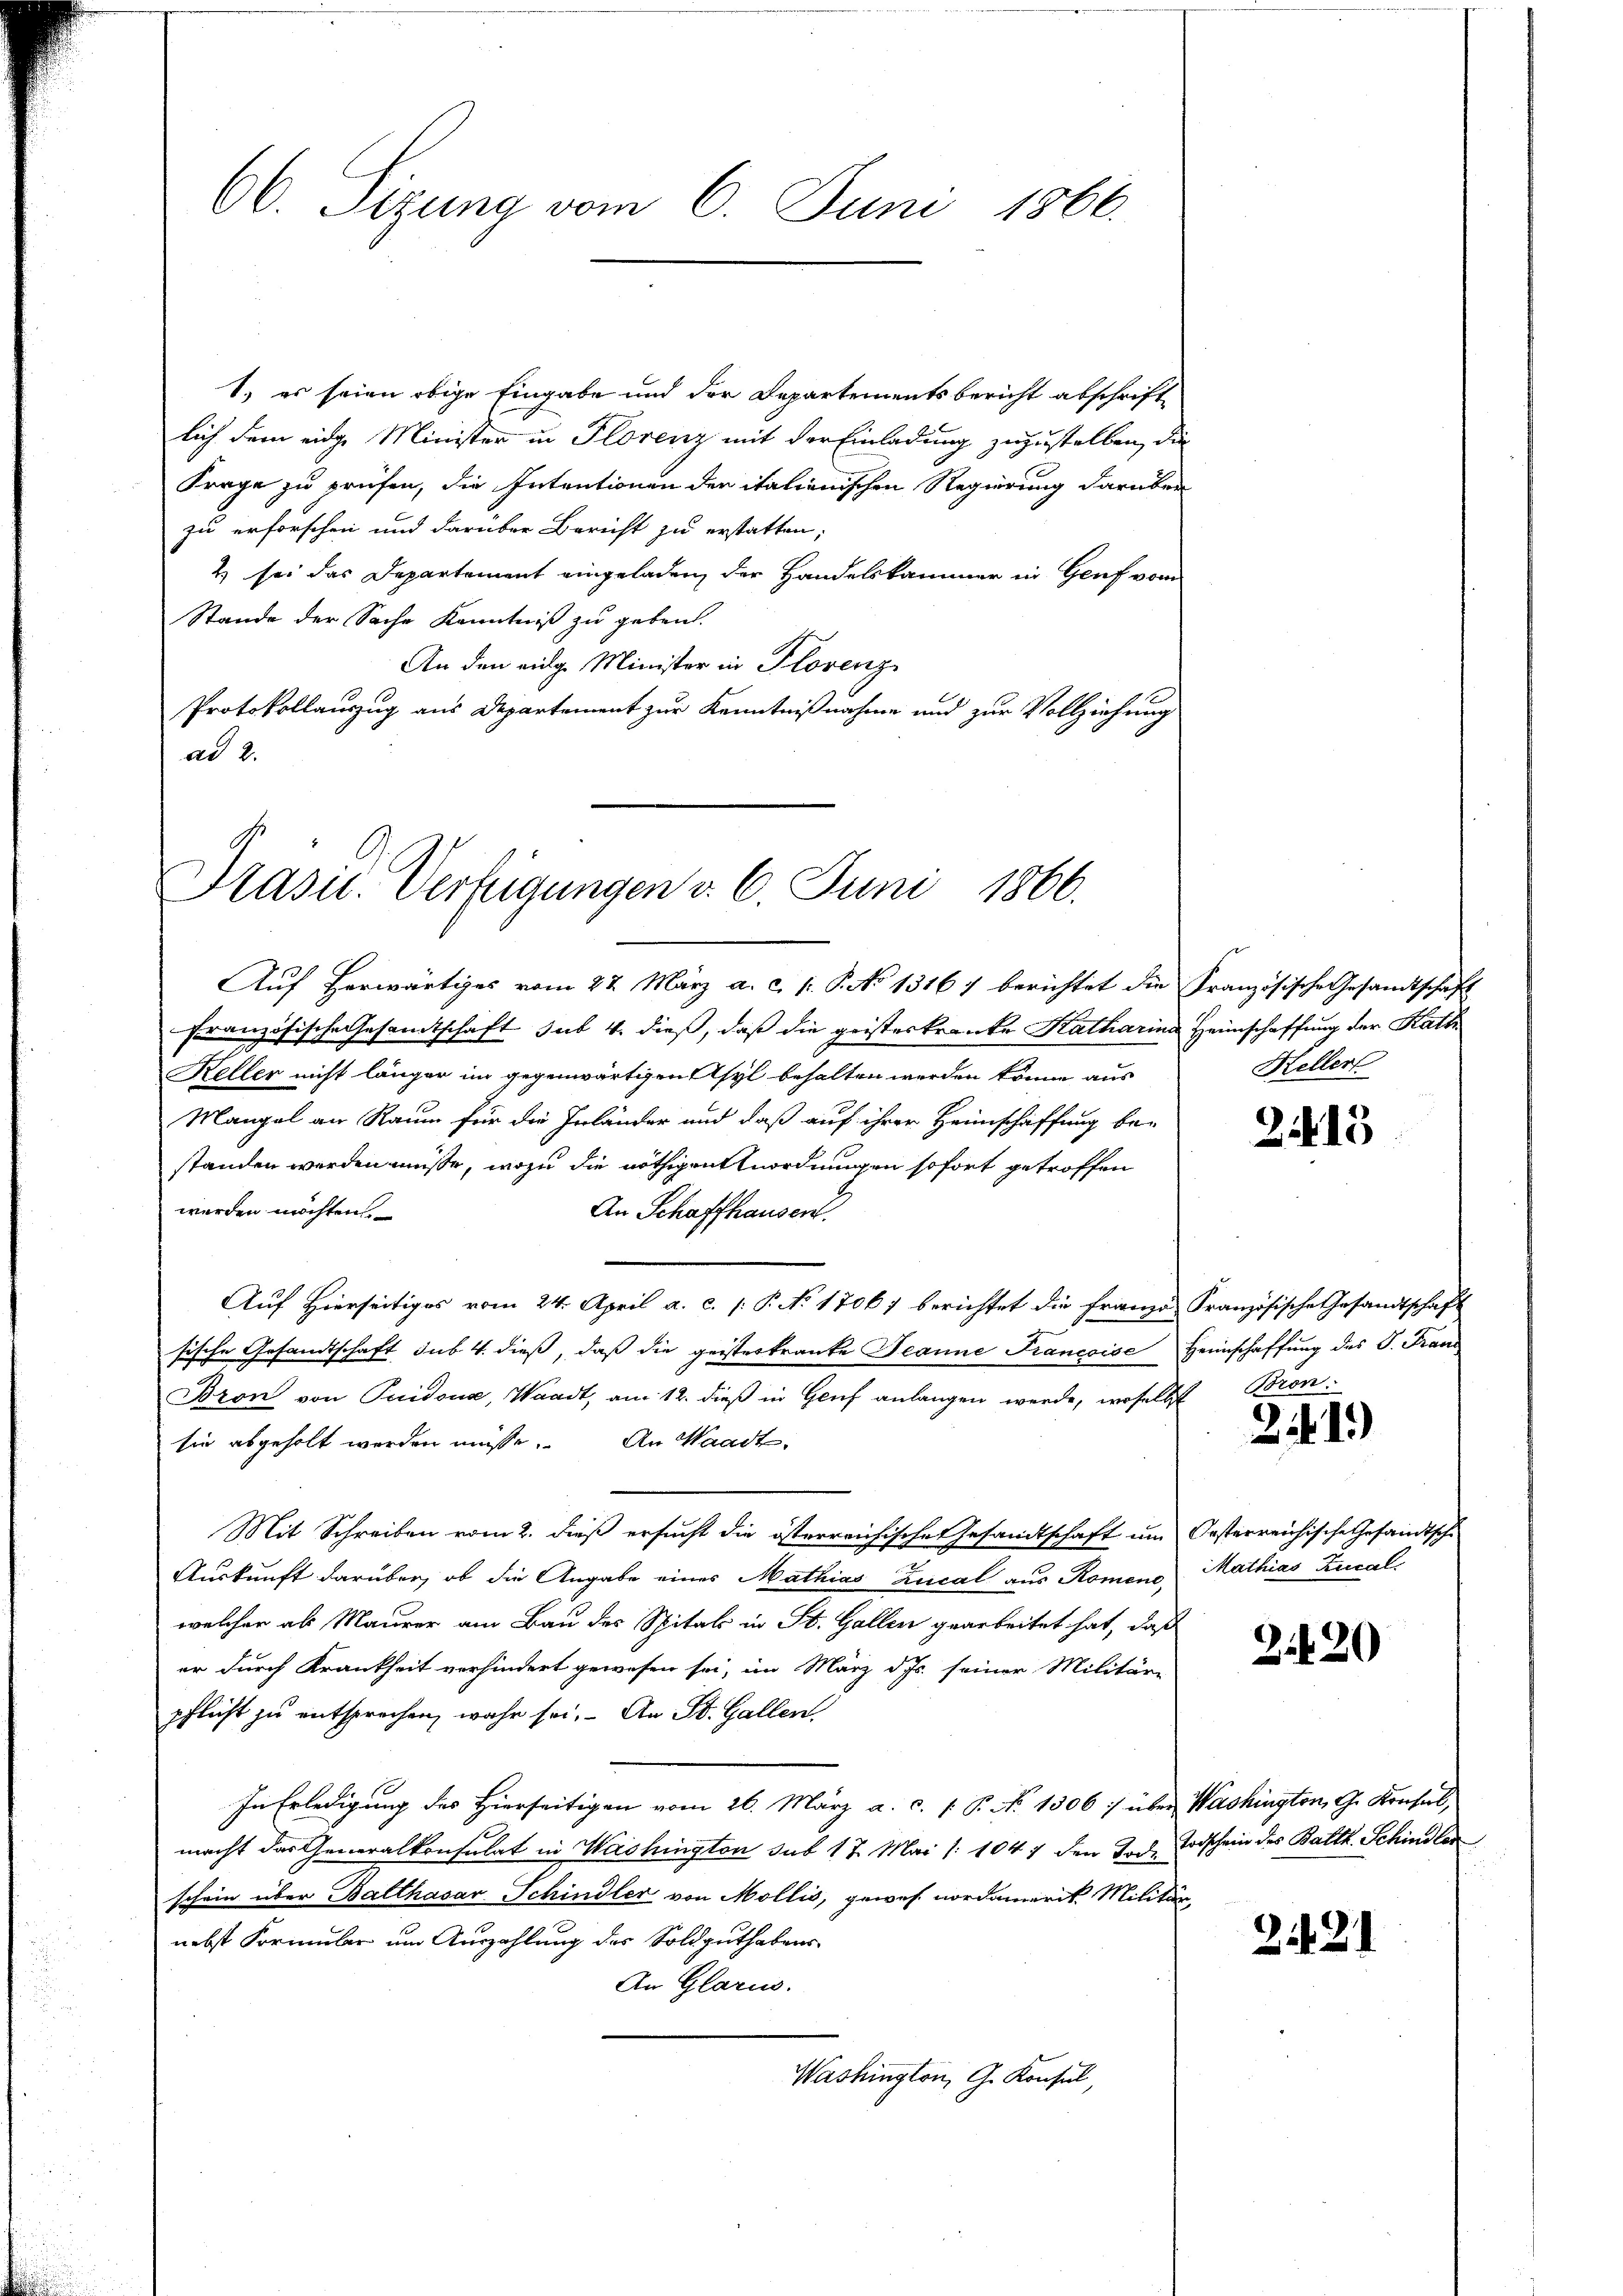
66. Sizung vom 6. Juni 1866.

1) es seien obige Eingabe und der Departementsbericht abschriftlich dem eidge Minister in Florenz mit der Einladung zuzustellen, die
Frage zu prüfen, die Intentionen der italienischen Regierung darüber
zu erforschen und darüber Bericht zu erstatten;
2) sei das Departement eingeladen, der Handelskammer in Genf vom
Stande der Sache Kenntniß zu geben.
An den eidg. Minister in Florenz
Protokollauszug aus Departement zur Kenntnißnahme und zur Vollziehung
ad 2.

Prasil. Verfügungen v. 6. Juni 1866.

Aŭf herwärtiges vom 22. März a. c. 1. P. No 1316) berichtet die Französische Gesandtschaft
französische Gesandtschaft sub. 4. dieß, daß die geisterkranke Katharina Heimschaffung der Kathe
Keller nicht länger im gegenwärtigen Asyl behalten werden könne aus
Mangel an Raum für die Inländer und daß auf ihrer Heimschaffung be-
standen werden müsse, wozu die nöthigen nordnungen sofort getroffen
werden möchten
An Schaffhausen.
Auf Hierseitiges vom 24. April a. c. /: P. No 17067 berichtet die Franze Französische Gesandtschaft
sische Gesandtschaft sub. 4. dieß, daß die geisterkranke Jeanne Francoise Heimschaffung des P. Frau
Bron von Puidona, Waadt, am 12. dieß in Genf anlangen werde, woselbst
sie abgeholt werden müsse. An Waadt,
Mit Schreiben vom 2. dieß ersucht die österreichische Gesandtschaft um Oesterreichische Gesandtsche
Auskunft darüber, ob die Angabe eines Mathias Zucal aus Romeno Mathias Rucal
welcher als Maurer am Bau des Spitals in St. Gallen gearbeitet hat, daß
er durch Krankheit verhindert gewesen sei, im März d. Js. seiner Militär-
pflicht zu entsprechen, wahr sei. An St. Gallen,
In Erledigung des Hierseitigen vom 26. März a. c. P. Nr. 1306 :/ über Washington, G. Konsul,
macht das Generalkonsulat in Washington sub 17. Mai /: 1047 den Zach Todschein des Balth. Schindler
schein über Balthasar Schindler von Mollis, gewes nordamerit Militär,
nebst Formular um Auszahlung des Soldguthabens
An Glarus.
Washington, G. Konsul,

Hellert

2415

Bron.

24.1)

2420

221